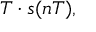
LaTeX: T \cdot s ( n T ) ,